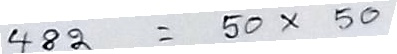
482 = 50 x 50